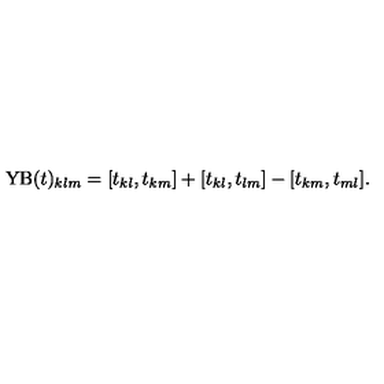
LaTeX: \mathrm { Y B } ( t ) _ { k l m } = [ t _ { k l } , t _ { k m } ] + [ t _ { k l } , t _ { l m } ] - [ t _ { k m } , t _ { m l } ] .